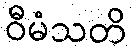
ဝီမံသတိ